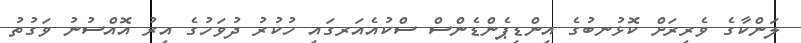
ލަންކާގެ ވެރިރަށް ކޮޅުނބުގެ އިންޑިޕެންޑެންސް ސްކުއެއަރގައި ހުކުރު ދުވަހުގެ އިރު އޮއްސުނު ވަގުތު